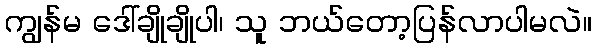
ကျွန်မ ဒေါ်ချိုချိုပါ၊ သူ ဘယ်တော့ပြန်လာပါမလဲ။